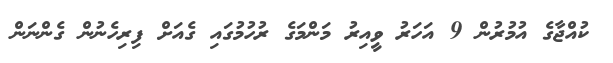
ކުއްޖާގެ އުމުރުން 9 އަހަރު ވީއިރު މަންމަގެ ރުހުމުގައި ގެއަށް ފިރިހެނުން ގެންނަން